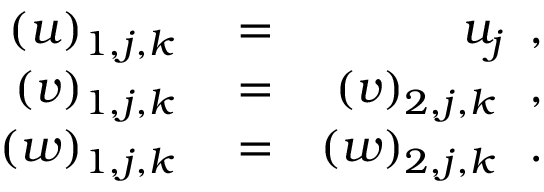
\begin{array} { r l r } { \left( u \right) _ { 1 , j , k } } & { { } = } & { u _ { j } \, \mathrm { ~ , ~ } } \\ { \left( v \right) _ { 1 , j , k } } & { { } = } & { \left( v \right) _ { 2 , j , k } \, \mathrm { ~ , ~ } } \\ { \left( w \right) _ { 1 , j , k } } & { { } = } & { \left( w \right) _ { 2 , j , k } \, \mathrm { ~ . ~ } } \end{array}